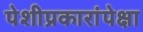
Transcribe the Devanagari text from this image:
पेशीप्रकारांपेक्षा